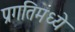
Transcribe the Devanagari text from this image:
प्रगतिमध्ये